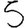
Digit: 5